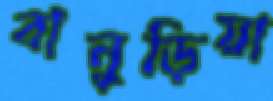
বানুড়িয়া